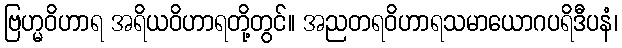
ဗြဟ္မဝိဟာရ အရိယဝိဟာရတို့တွင်။ အညတရဝိဟာရသမာယောဂပရိဒီပနံ၊